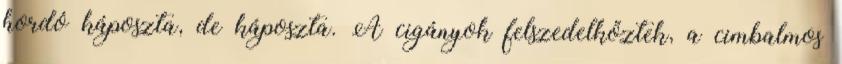
hordó káposzta, de káposzta. A cigányok felszedelkőztek, a cimbalmos